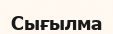
Сығылма